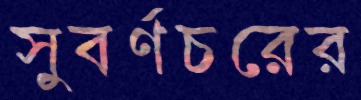
সুবর্ণচরের